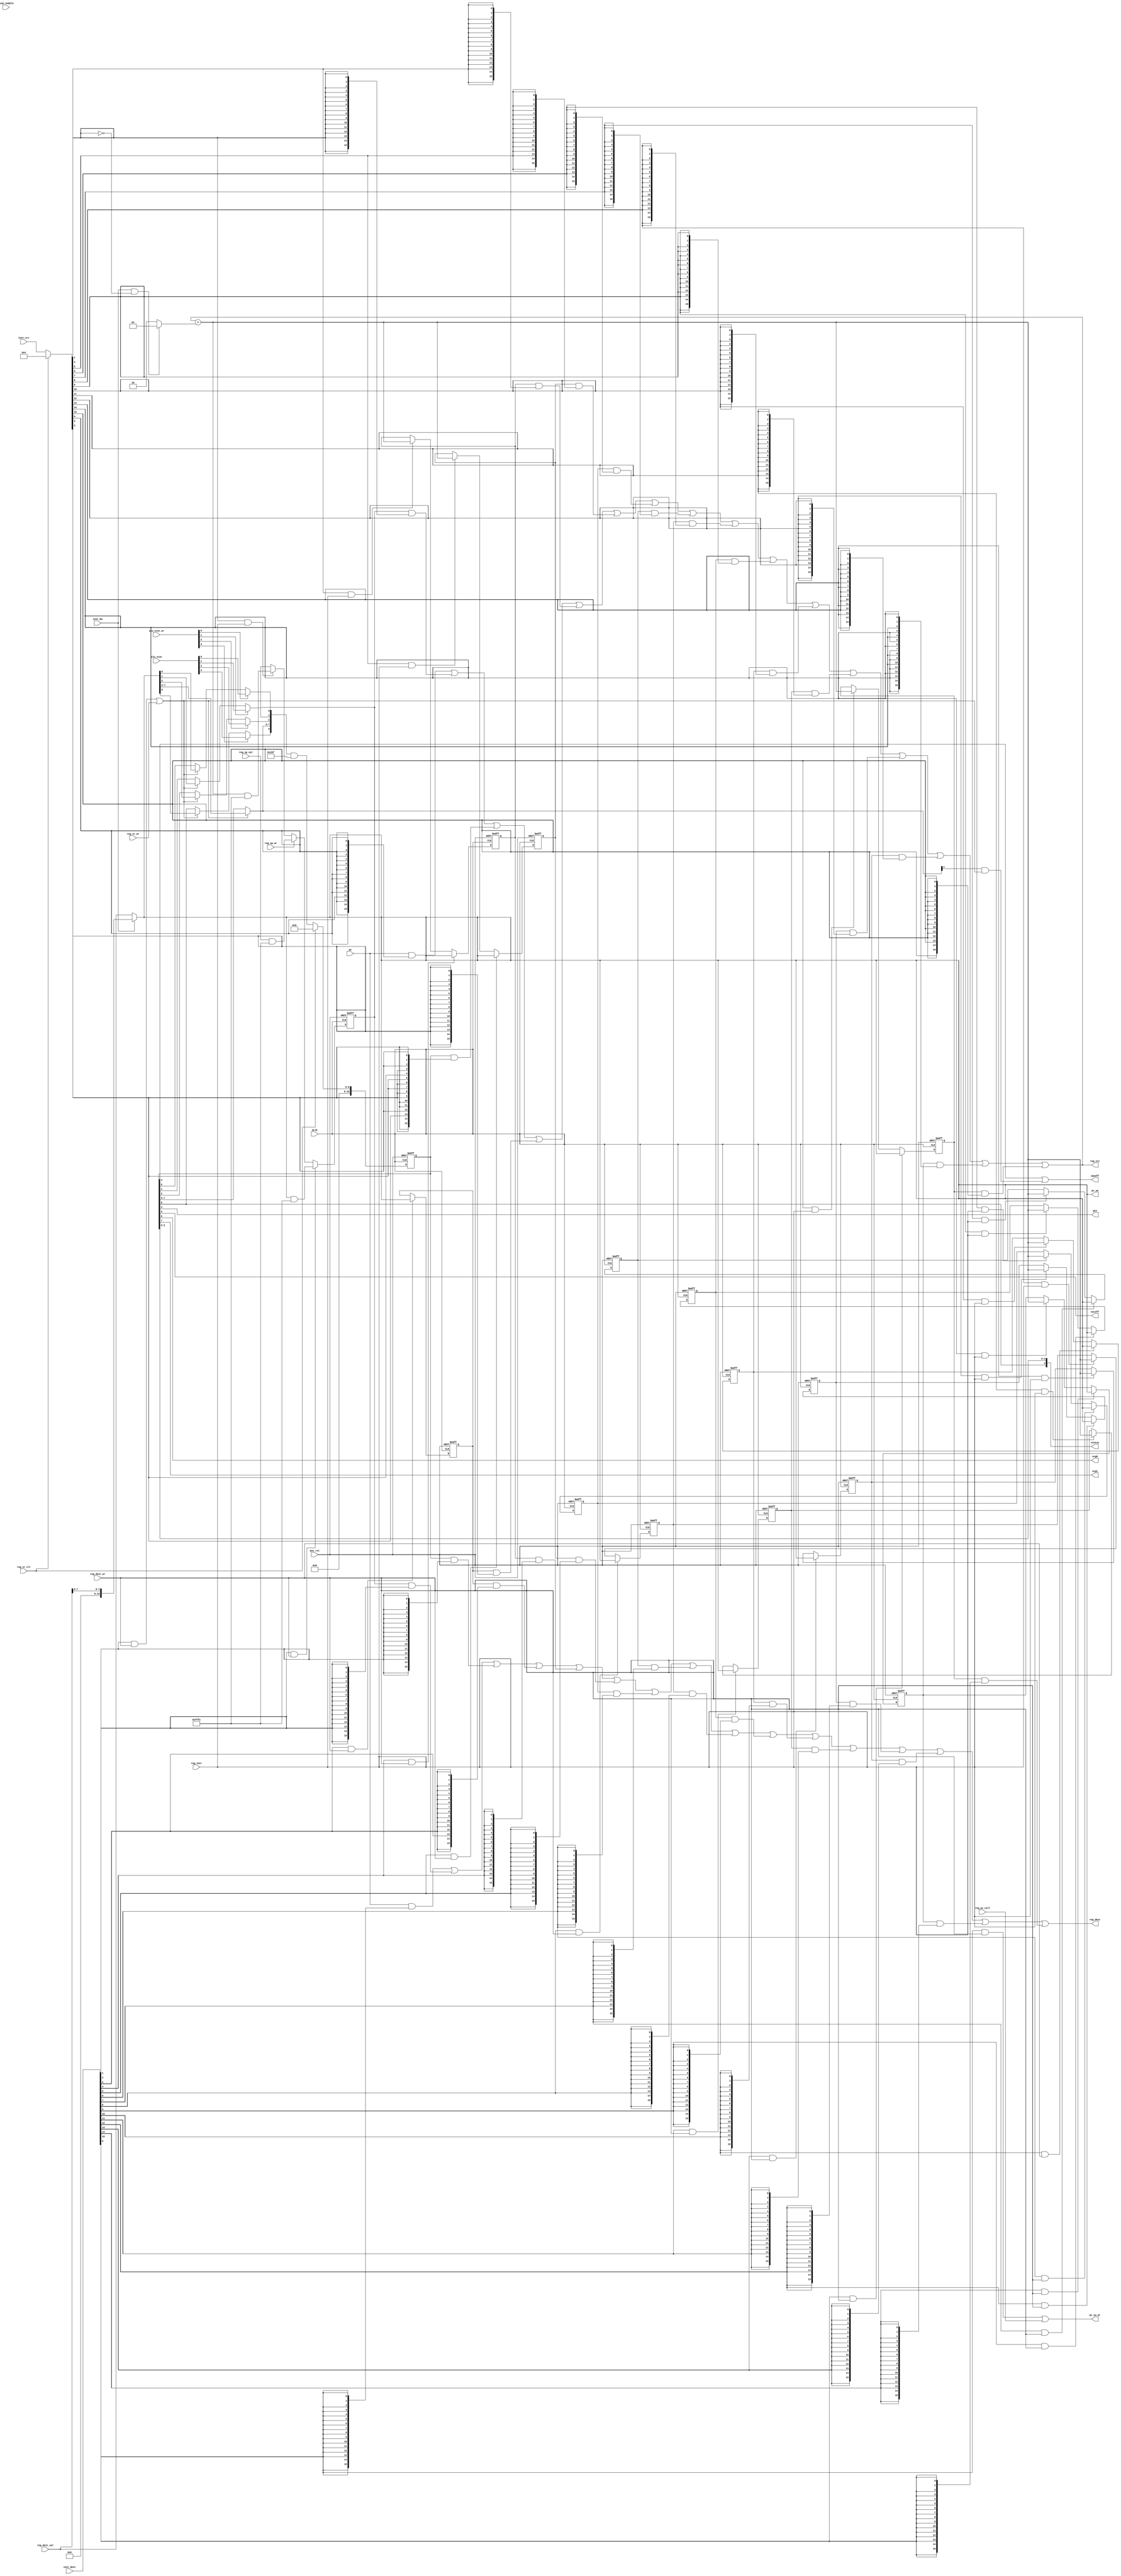
module  omsp_register_file (

// OUTPUTs
    cpuoff,                       // Turns off the CPU
    gie,                          // General interrupt enable
    oscoff,                       // Turns off LFXT1 clock input
    pc_sw,                        // Program counter software value
    pc_sw_wr,                     // Program counter software write
    reg_dest,                     // Selected register destination content
    reg_src,                      // Selected register source content
    scg0,                         // System clock generator 1. Turns off the DCO
    scg1,                         // System clock generator 1. Turns off the SMCLK
    status,                       // R2 Status {V,N,Z,C}

// INPUTs
    alu_stat,                     // ALU Status {V,N,Z,C}
    alu_stat_wr,                  // ALU Status write {V,N,Z,C}
    inst_bw,                      // Decoded Inst: byte width
    inst_dest,                    // Register destination selection
    inst_src,                     // Register source selection
    mclk,                         // Main system clock
    pc,                           // Program counter
    puc_rst,                      // Main system reset
    reg_dest_val,                 // Selected register destination value
    reg_dest_wr,                  // Write selected register destination
    reg_pc_call,                  // Trigger PC update for a CALL instruction
    reg_sp_val,                   // Stack Pointer next value
    reg_sp_wr,                    // Stack Pointer write
    reg_sr_wr,                    // Status register update for RETI instruction
    reg_sr_clr,                   // Status register clear for interrupts
    reg_incr,                     // Increment source register
    scan_enable                   // Scan enable (active during scan shifting)
);

// OUTPUTs
//=========
output              cpuoff;       // Turns off the CPU
output              gie;          // General interrupt enable
output              oscoff;       // Turns off LFXT1 clock input
output       [15:0] pc_sw;        // Program counter software value
output              pc_sw_wr;     // Program counter software write
output       [15:0] reg_dest;     // Selected register destination content
output       [15:0] reg_src;      // Selected register source content
output              scg0;         // System clock generator 1. Turns off the DCO
output              scg1;         // System clock generator 1. Turns off the SMCLK
output        [3:0] status;       // R2 Status {V,N,Z,C}

// INPUTs
//=========
input         [3:0] alu_stat;     // ALU Status {V,N,Z,C}
input         [3:0] alu_stat_wr;  // ALU Status write {V,N,Z,C}
input               inst_bw;      // Decoded Inst: byte width
input        [15:0] inst_dest;    // Register destination selection
input        [15:0] inst_src;     // Register source selection
input               mclk;         // Main system clock
input        [15:0] pc;           // Program counter
input               puc_rst;      // Main system reset
input        [15:0] reg_dest_val; // Selected register destination value
input               reg_dest_wr;  // Write selected register destination
input               reg_pc_call;  // Trigger PC update for a CALL instruction
input        [15:0] reg_sp_val;   // Stack Pointer next value
input               reg_sp_wr;    // Stack Pointer write
input               reg_sr_wr;    // Status register update for RETI instruction
input               reg_sr_clr;   // Status register clear for interrupts
input               reg_incr;     // Increment source register
input               scan_enable;  // Scan enable (active during scan shifting)


//=============================================================================
// 1)  AUTOINCREMENT UNIT
//=============================================================================

wire [15:0] inst_src_in;
wire [15:0] incr_op         = (inst_bw & ~inst_src_in[1]) ? 16'h0001 : 16'h0002;
wire [15:0] reg_incr_val    = reg_src+incr_op;

wire [15:0] reg_dest_val_in = inst_bw ? {8'h00,reg_dest_val[7:0]} : reg_dest_val;


//=============================================================================
// 2)  SPECIAL REGISTERS (R1/R2/R3)
//=============================================================================

// Source input selection mask (for interrupt support)
//-----------------------------------------------------

assign inst_src_in = reg_sr_clr ? 16'h0004 : inst_src;


// R0: Program counter
//---------------------

wire [15:0] r0       = pc;

wire [15:0] pc_sw    = reg_dest_val_in;
wire        pc_sw_wr = (inst_dest[0] & reg_dest_wr) | reg_pc_call;


// R1: Stack pointer
//-------------------
reg [15:0] r1;
wire       r1_wr  = inst_dest[1] & reg_dest_wr;
wire       r1_inc = inst_src_in[1]  & reg_incr;

`ifdef CLOCK_GATING
wire       r1_en  = r1_wr | reg_sp_wr | r1_inc;
wire       mclk_r1;
omsp_clock_gate clock_gate_r1 (.gclk(mclk_r1),
                               .clk (mclk), .enable(r1_en), .scan_enable(scan_enable));
`else
wire       UNUSED_scan_enable = scan_enable;
wire       mclk_r1            = mclk;
`endif

always @(posedge mclk_r1 or posedge puc_rst)
  if (puc_rst)        r1 <= 16'h0000;
  else if (r1_wr)     r1 <= reg_dest_val_in & 16'hfffe;
  else if (reg_sp_wr) r1 <= reg_sp_val      & 16'hfffe;
`ifdef CLOCK_GATING
  else                r1 <= reg_incr_val    & 16'hfffe;
`else
  else if (r1_inc)    r1 <= reg_incr_val    & 16'hfffe;
`endif

wire UNUSED_reg_sp_val_0  = reg_sp_val[0];


// R2: Status register
//---------------------
reg  [15:0] r2;
wire        r2_wr  = (inst_dest[2] & reg_dest_wr) | reg_sr_wr;

`ifdef CLOCK_GATING                                                              //      -- WITH CLOCK GATING --
wire        r2_c   = alu_stat_wr[0] ? alu_stat[0]          : reg_dest_val_in[0]; // C

wire        r2_z   = alu_stat_wr[1] ? alu_stat[1]          : reg_dest_val_in[1]; // Z

wire        r2_n   = alu_stat_wr[2] ? alu_stat[2]          : reg_dest_val_in[2]; // N

wire  [7:3] r2_nxt = r2_wr          ? reg_dest_val_in[7:3] : r2[7:3];

wire        r2_v   = alu_stat_wr[3] ? alu_stat[3]          : reg_dest_val_in[8]; // V

wire        r2_en  = |alu_stat_wr | r2_wr | reg_sr_clr;
wire        mclk_r2;
omsp_clock_gate clock_gate_r2 (.gclk(mclk_r2),
                               .clk (mclk), .enable(r2_en), .scan_enable(scan_enable));

`else                                                                            //      -- WITHOUT CLOCK GATING --
wire        r2_c   = alu_stat_wr[0] ? alu_stat[0]          :
                     r2_wr          ? reg_dest_val_in[0]   : r2[0];              // C

wire        r2_z   = alu_stat_wr[1] ? alu_stat[1]          :
                     r2_wr          ? reg_dest_val_in[1]   : r2[1];              // Z

wire        r2_n   = alu_stat_wr[2] ? alu_stat[2]          :
                     r2_wr          ? reg_dest_val_in[2]   : r2[2];              // N

wire  [7:3] r2_nxt = r2_wr          ? reg_dest_val_in[7:3] : r2[7:3];

wire        r2_v   = alu_stat_wr[3] ? alu_stat[3]          :
                     r2_wr          ? reg_dest_val_in[8]   : r2[8];              // V


wire        mclk_r2 = mclk;
`endif

`ifdef ASIC_CLOCKING
   `ifdef CPUOFF_EN
   wire [15:0] cpuoff_mask = 16'h0010;
   `else
   wire [15:0] cpuoff_mask = 16'h0000;
   `endif
   `ifdef OSCOFF_EN
   wire [15:0] oscoff_mask = 16'h0020;
   `else
   wire [15:0] oscoff_mask = 16'h0000;
   `endif
   `ifdef SCG0_EN
   wire [15:0] scg0_mask   = 16'h0040;
   `else
   wire [15:0] scg0_mask   = 16'h0000;
   `endif
   `ifdef SCG1_EN
   wire [15:0] scg1_mask   = 16'h0080;
   `else
   wire [15:0] scg1_mask   = 16'h0000;
   `endif
`else
   wire [15:0] cpuoff_mask = 16'h0010; // For the FPGA version: - the CPUOFF mode is emulated
   wire [15:0] oscoff_mask = 16'h0020; //                       - the SCG1 mode is emulated
   wire [15:0] scg0_mask   = 16'h0000; //                       - the SCG0 is not supported
   wire [15:0] scg1_mask   = 16'h0080; //                       - the SCG1 mode is emulated
`endif

   wire [15:0] r2_mask     = cpuoff_mask | oscoff_mask | scg0_mask | scg1_mask | 16'h010f;

always @(posedge mclk_r2 or posedge puc_rst)
  if (puc_rst)         r2 <= 16'h0000;
  else if (reg_sr_clr) r2 <= 16'h0000;
  else                 r2 <= {7'h00, r2_v, r2_nxt, r2_n, r2_z, r2_c} & r2_mask;

assign status = {r2[8], r2[2:0]};
assign gie    =  r2[3];
assign cpuoff =  r2[4] | (r2_nxt[4] & r2_wr & cpuoff_mask[4]);
assign oscoff =  r2[5];
assign scg0   =  r2[6];
assign scg1   =  r2[7];


// R3: Constant generator
//-------------------------------------------------------------
// Note: the auto-increment feature is not implemented for R3
//       because the @R3+ addressing mode is used for constant
//       generation (#-1).
reg [15:0] r3;
wire       r3_wr  = inst_dest[3] & reg_dest_wr;

`ifdef CLOCK_GATING
wire       r3_en   = r3_wr;
wire       mclk_r3;
omsp_clock_gate clock_gate_r3 (.gclk(mclk_r3),
                               .clk (mclk), .enable(r3_en), .scan_enable(scan_enable));
`else
wire       mclk_r3 = mclk;
`endif

always @(posedge mclk_r3 or posedge puc_rst)
  if (puc_rst)     r3 <= 16'h0000;
`ifdef CLOCK_GATING
  else             r3 <= reg_dest_val_in;
`else
  else if (r3_wr)  r3 <= reg_dest_val_in;
`endif


//=============================================================================
// 4)  GENERAL PURPOSE REGISTERS (R4...R15)
//=============================================================================

// R4
//------------
reg [15:0] r4;
wire       r4_wr  = inst_dest[4] & reg_dest_wr;
wire       r4_inc = inst_src_in[4]  & reg_incr;

`ifdef CLOCK_GATING
wire       r4_en  = r4_wr | r4_inc;
wire       mclk_r4;
omsp_clock_gate clock_gate_r4 (.gclk(mclk_r4),
                               .clk (mclk), .enable(r4_en), .scan_enable(scan_enable));
`else
wire       mclk_r4 = mclk;
`endif

always @(posedge mclk_r4 or posedge puc_rst)
  if (puc_rst)      r4  <= 16'h0000;
  else if (r4_wr)   r4  <= reg_dest_val_in;
`ifdef CLOCK_GATING
  else              r4  <= reg_incr_val;
`else
  else if (r4_inc)  r4  <= reg_incr_val;
`endif

// R5
//------------
reg [15:0] r5;
wire       r5_wr  = inst_dest[5] & reg_dest_wr;
wire       r5_inc = inst_src_in[5]  & reg_incr;

`ifdef CLOCK_GATING
wire       r5_en  = r5_wr | r5_inc;
wire       mclk_r5;
omsp_clock_gate clock_gate_r5 (.gclk(mclk_r5),
                               .clk (mclk), .enable(r5_en), .scan_enable(scan_enable));
`else
wire       mclk_r5 = mclk;
`endif

always @(posedge mclk_r5 or posedge puc_rst)
  if (puc_rst)      r5  <= 16'h0000;
  else if (r5_wr)   r5  <= reg_dest_val_in;
`ifdef CLOCK_GATING
  else              r5  <= reg_incr_val;
`else
  else if (r5_inc)  r5  <= reg_incr_val;
`endif

// R6
//------------
reg [15:0] r6;
wire       r6_wr  = inst_dest[6] & reg_dest_wr;
wire       r6_inc = inst_src_in[6]  & reg_incr;

`ifdef CLOCK_GATING
wire       r6_en  = r6_wr | r6_inc;
wire       mclk_r6;
omsp_clock_gate clock_gate_r6 (.gclk(mclk_r6),
                               .clk (mclk), .enable(r6_en), .scan_enable(scan_enable));
`else
wire       mclk_r6 = mclk;
`endif

always @(posedge mclk_r6 or posedge puc_rst)
  if (puc_rst)      r6  <= 16'h0000;
  else if (r6_wr)   r6  <= reg_dest_val_in;
`ifdef CLOCK_GATING
  else              r6  <= reg_incr_val;
`else
  else if (r6_inc)  r6  <= reg_incr_val;
`endif

// R7
//------------
reg [15:0] r7;
wire       r7_wr  = inst_dest[7] & reg_dest_wr;
wire       r7_inc = inst_src_in[7]  & reg_incr;

`ifdef CLOCK_GATING
wire       r7_en  = r7_wr | r7_inc;
wire       mclk_r7;
omsp_clock_gate clock_gate_r7 (.gclk(mclk_r7),
                               .clk (mclk), .enable(r7_en), .scan_enable(scan_enable));
`else
wire       mclk_r7 = mclk;
`endif

always @(posedge mclk_r7 or posedge puc_rst)
  if (puc_rst)      r7  <= 16'h0000;
  else if (r7_wr)   r7  <= reg_dest_val_in;
`ifdef CLOCK_GATING
  else              r7  <= reg_incr_val;
`else
  else if (r7_inc)  r7  <= reg_incr_val;
`endif

// R8
//------------
reg [15:0] r8;
wire       r8_wr  = inst_dest[8] & reg_dest_wr;
wire       r8_inc = inst_src_in[8]  & reg_incr;

`ifdef CLOCK_GATING
wire       r8_en  = r8_wr | r8_inc;
wire       mclk_r8;
omsp_clock_gate clock_gate_r8 (.gclk(mclk_r8),
                               .clk (mclk), .enable(r8_en), .scan_enable(scan_enable));
`else
wire       mclk_r8 = mclk;
`endif

always @(posedge mclk_r8 or posedge puc_rst)
  if (puc_rst)      r8  <= 16'h0000;
  else if (r8_wr)   r8  <= reg_dest_val_in;
`ifdef CLOCK_GATING
  else              r8  <= reg_incr_val;
`else
  else if (r8_inc)  r8  <= reg_incr_val;
`endif

// R9
//------------
reg [15:0] r9;
wire       r9_wr  = inst_dest[9] & reg_dest_wr;
wire       r9_inc = inst_src_in[9]  & reg_incr;

`ifdef CLOCK_GATING
wire       r9_en  = r9_wr | r9_inc;
wire       mclk_r9;
omsp_clock_gate clock_gate_r9 (.gclk(mclk_r9),
                               .clk (mclk), .enable(r9_en), .scan_enable(scan_enable));
`else
wire       mclk_r9 = mclk;
`endif

always @(posedge mclk_r9 or posedge puc_rst)
  if (puc_rst)      r9  <= 16'h0000;
  else if (r9_wr)   r9  <= reg_dest_val_in;
`ifdef CLOCK_GATING
  else              r9  <= reg_incr_val;
`else
  else if (r9_inc)  r9  <= reg_incr_val;
`endif

// R10
//------------
reg [15:0] r10;
wire       r10_wr  = inst_dest[10] & reg_dest_wr;
wire       r10_inc = inst_src_in[10]  & reg_incr;

`ifdef CLOCK_GATING
wire       r10_en  = r10_wr | r10_inc;
wire       mclk_r10;
omsp_clock_gate clock_gate_r10 (.gclk(mclk_r10),
                                .clk (mclk), .enable(r10_en), .scan_enable(scan_enable));
`else
wire       mclk_r10 = mclk;
`endif

always @(posedge mclk_r10 or posedge puc_rst)
  if (puc_rst)      r10 <= 16'h0000;
  else if (r10_wr)  r10 <= reg_dest_val_in;
`ifdef CLOCK_GATING
  else              r10 <= reg_incr_val;
`else
  else if (r10_inc) r10 <= reg_incr_val;
`endif

// R11
//------------
reg [15:0] r11;
wire       r11_wr  = inst_dest[11] & reg_dest_wr;
wire       r11_inc = inst_src_in[11]  & reg_incr;

`ifdef CLOCK_GATING
wire       r11_en  = r11_wr | r11_inc;
wire       mclk_r11;
omsp_clock_gate clock_gate_r11 (.gclk(mclk_r11),
                                .clk (mclk), .enable(r11_en), .scan_enable(scan_enable));
`else
wire       mclk_r11 = mclk;
`endif

always @(posedge mclk_r11 or posedge puc_rst)
  if (puc_rst)      r11 <= 16'h0000;
  else if (r11_wr)  r11 <= reg_dest_val_in;
`ifdef CLOCK_GATING
  else              r11 <= reg_incr_val;
`else
  else if (r11_inc) r11 <= reg_incr_val;
`endif

// R12
//------------
reg [15:0] r12;
wire       r12_wr  = inst_dest[12] & reg_dest_wr;
wire       r12_inc = inst_src_in[12]  & reg_incr;

`ifdef CLOCK_GATING
wire       r12_en  = r12_wr | r12_inc;
wire       mclk_r12;
omsp_clock_gate clock_gate_r12 (.gclk(mclk_r12),
                                .clk (mclk), .enable(r12_en), .scan_enable(scan_enable));
`else
wire       mclk_r12 = mclk;
`endif

always @(posedge mclk_r12 or posedge puc_rst)
  if (puc_rst)      r12 <= 16'h0000;
  else if (r12_wr)  r12 <= reg_dest_val_in;
`ifdef CLOCK_GATING
  else              r12 <= reg_incr_val;
`else
  else if (r12_inc) r12 <= reg_incr_val;
`endif

// R13
//------------
reg [15:0] r13;
wire       r13_wr  = inst_dest[13] & reg_dest_wr;
wire       r13_inc = inst_src_in[13]  & reg_incr;

`ifdef CLOCK_GATING
wire       r13_en  = r13_wr | r13_inc;
wire       mclk_r13;
omsp_clock_gate clock_gate_r13 (.gclk(mclk_r13),
                                .clk (mclk), .enable(r13_en), .scan_enable(scan_enable));
`else
wire       mclk_r13 = mclk;
`endif

always @(posedge mclk_r13 or posedge puc_rst)
  if (puc_rst)      r13 <= 16'h0000;
  else if (r13_wr)  r13 <= reg_dest_val_in;
`ifdef CLOCK_GATING
  else              r13 <= reg_incr_val;
`else
  else if (r13_inc) r13 <= reg_incr_val;
`endif

// R14
//------------
reg [15:0] r14;
wire       r14_wr  = inst_dest[14] & reg_dest_wr;
wire       r14_inc = inst_src_in[14]  & reg_incr;

`ifdef CLOCK_GATING
wire       r14_en  = r14_wr | r14_inc;
wire       mclk_r14;
omsp_clock_gate clock_gate_r14 (.gclk(mclk_r14),
                                .clk (mclk), .enable(r14_en), .scan_enable(scan_enable));
`else
wire       mclk_r14 = mclk;
`endif

always @(posedge mclk_r14 or posedge puc_rst)
  if (puc_rst)      r14 <= 16'h0000;
  else if (r14_wr)  r14 <= reg_dest_val_in;
`ifdef CLOCK_GATING
  else              r14 <= reg_incr_val;
`else
  else if (r14_inc) r14 <= reg_incr_val;
`endif

// R15
//------------
reg [15:0] r15;
wire       r15_wr  = inst_dest[15] & reg_dest_wr;
wire       r15_inc = inst_src_in[15]  & reg_incr;

`ifdef CLOCK_GATING
wire       r15_en  = r15_wr | r15_inc;
wire       mclk_r15;
omsp_clock_gate clock_gate_r15 (.gclk(mclk_r15),
                                .clk (mclk), .enable(r15_en), .scan_enable(scan_enable));
`else
wire       mclk_r15 = mclk;
`endif

always @(posedge mclk_r15 or posedge puc_rst)
  if (puc_rst)      r15 <= 16'h0000;
  else if (r15_wr)  r15 <= reg_dest_val_in;
 `ifdef CLOCK_GATING
  else              r15 <= reg_incr_val;
`else
  else if (r15_inc) r15 <= reg_incr_val;
`endif


//=============================================================================
// 5)  READ MUX
//=============================================================================

assign reg_src  = (r0      & {16{inst_src_in[0]}})   |
                  (r1      & {16{inst_src_in[1]}})   |
                  (r2      & {16{inst_src_in[2]}})   |
                  (r3      & {16{inst_src_in[3]}})   |
                  (r4      & {16{inst_src_in[4]}})   |
                  (r5      & {16{inst_src_in[5]}})   |
                  (r6      & {16{inst_src_in[6]}})   |
                  (r7      & {16{inst_src_in[7]}})   |
                  (r8      & {16{inst_src_in[8]}})   |
                  (r9      & {16{inst_src_in[9]}})   |
                  (r10     & {16{inst_src_in[10]}})  |
                  (r11     & {16{inst_src_in[11]}})  |
                  (r12     & {16{inst_src_in[12]}})  |
                  (r13     & {16{inst_src_in[13]}})  |
                  (r14     & {16{inst_src_in[14]}})  |
                  (r15     & {16{inst_src_in[15]}});

assign reg_dest = (r0      & {16{inst_dest[0]}})  |
                  (r1      & {16{inst_dest[1]}})  |
                  (r2      & {16{inst_dest[2]}})  |
                  (r3      & {16{inst_dest[3]}})  |
                  (r4      & {16{inst_dest[4]}})  |
                  (r5      & {16{inst_dest[5]}})  |
                  (r6      & {16{inst_dest[6]}})  |
                  (r7      & {16{inst_dest[7]}})  |
                  (r8      & {16{inst_dest[8]}})  |
                  (r9      & {16{inst_dest[9]}})  |
                  (r10     & {16{inst_dest[10]}}) |
                  (r11     & {16{inst_dest[11]}}) |
                  (r12     & {16{inst_dest[12]}}) |
                  (r13     & {16{inst_dest[13]}}) |
                  (r14     & {16{inst_dest[14]}}) |
                  (r15     & {16{inst_dest[15]}});


endmodule